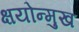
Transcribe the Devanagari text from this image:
क्षयोन्मुख